Bulletin of the Pasteur Institute of Southern India, Coonoor - No. 1.
Year: 1908
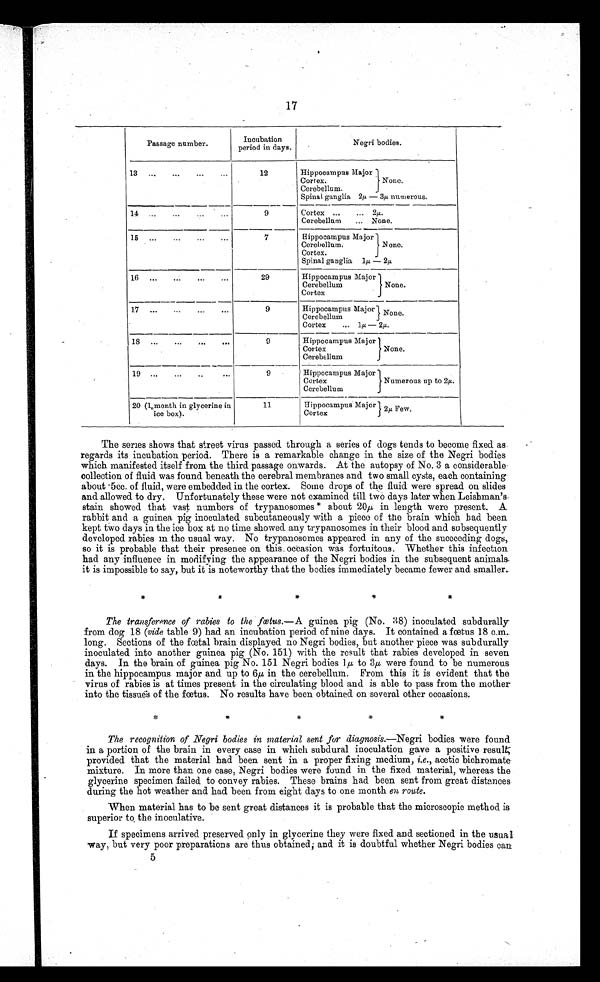
17
Passage number.
I Incubation
period in days.
Negri bodies.
13
12
Hippocampus Major
Cortex.
Cerebellum.
Spinal ganglia 2µ —
None.
3µ numerous.
9
Cortex ...
... 2µ
Cerebellum
... None.
15
...
•
7
Elippocampus Major
Cerebellum.
Cortex.
Spinal ganglia 1µ —
None.
2µ
29
Hippocampus Major
Cerebellum
Cortex
None.
9
Hippocampus Major None.
Cerebellum
Cortex
... 1µ — 2µ
9
Hippocampus Major
Cortex
Cerebellum
None.
9
Hippocampus Major
Cortex
Cerebellum
Numerous up to 2µ
20 (1 month in glycerine in
ice box).
11
Hippocampus Major I
Cortex
Few
2µ Few
The series shows that street virus passed through a series of dogs tends to become fixed as.
regards its incubation period. There is a remarkable change in the size of the Negri bodies
which manifested itself from the third passage onwards. At the autopsy of No. 3 a considerable
collection of fluid was found beneath the cerebral membranes and two small cysts, each containing
about • 5cc. of fluid, were embedded in the cortex. Some drops of the fluid were spread on slides
and allowed. to dry. Unfortunately these were not examined till two days later when Leishman,s.
stain showed that vast numbers of trypanosomes * about 20,u, in length were present. A
rabbit and a guinea pig inoculated subcutaneously with a piece of the brain which bad been
kept two days in the ice box at no time showed. any trypanosomes in their blood and subsequently
developed rabies in the usual way. No trypanosomes appeared in any of the succeeding dogs,
so it is probable that their presence on this. occasion was fortuitous. Whether this infection
had any influence in modifying the appearance of the Negri bodies in the subsequent animals.
it is impossible to say, but it is noteworthy that the bodies immediately became fewer and smaller..
The transference of rabies to the foetus.— A guinea pig (No. 38) inoculated subdurally
from. dog 18 (vide table 9) had an incubation period of nine days. It contained a foetus 18 c.m..
long. Sections of the foetal brain displayed no Negri bodies, but another piece was subdurally
inoculated into another guinea pig (No. 151) with the result that rabies developed in seven
days. In the brain of guinea pig No. 151 Negri bodies l,u, to 3p, were found to be numerous
in the hippocampus maj or and up to 6µ in the cerebellum. From this it is evident that the
virus of rabies is at times present in the circulating blood and is able to pass from the mother.
into the tissues of the fætus. No results have been obtained on several other occasions.
The recognition of Negri bodies in material sent for diagnosis.—Negri bodies were found.
in a portion of the brain in every case in which subdural inoculation gave a positive result
provided that the material had been sent in a proper fixing medium, i.e., acetic bichromate.
mixture. In more than one case, Negri bodies were found in the fixed material, whereas the
glycerine specimen failed. to convey rabies. These brains had been sent from great distances
during the hot weather and had been from eight days to one month en route.
When material has to be sent great distances it is probable that the microscopic method is
superior to, the inoculative.
If specimens arrived preserved only in glycerine they were fixed and sectioned in the usual
-way, but very poor preparations are thus obtained; and it is doubtful whether Negri bodies can
5